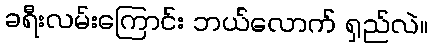
ခရီးလမ်းကြောင်း ဘယ်လောက် ရှည်လဲ။